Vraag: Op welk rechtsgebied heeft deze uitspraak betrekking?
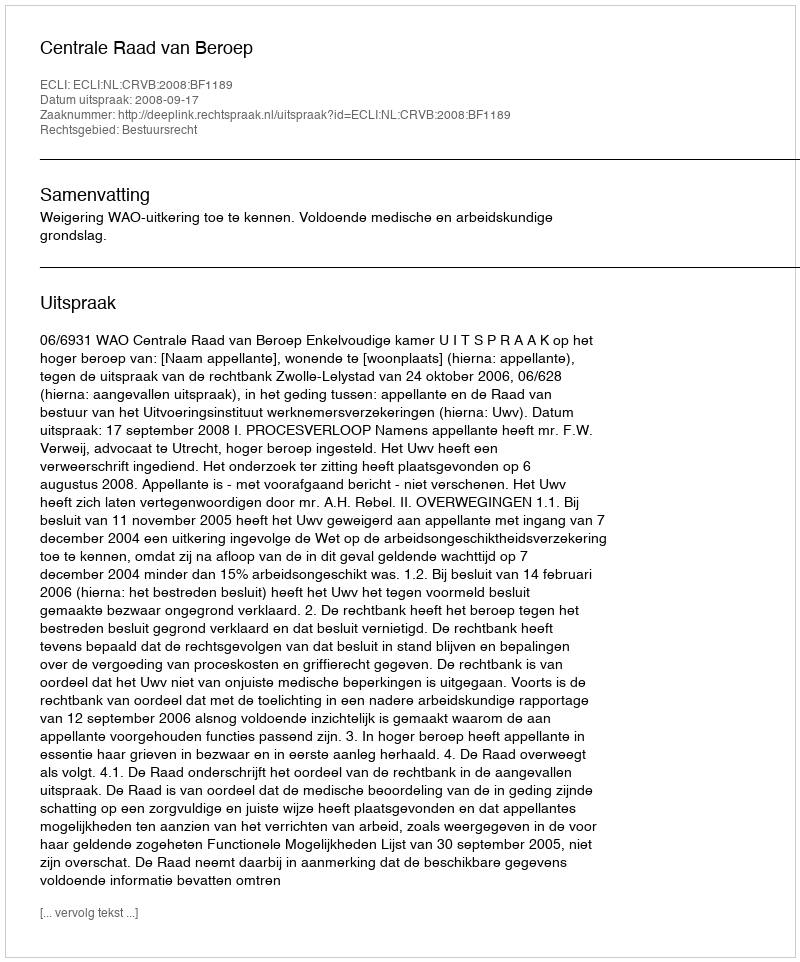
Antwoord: Bestuursrecht